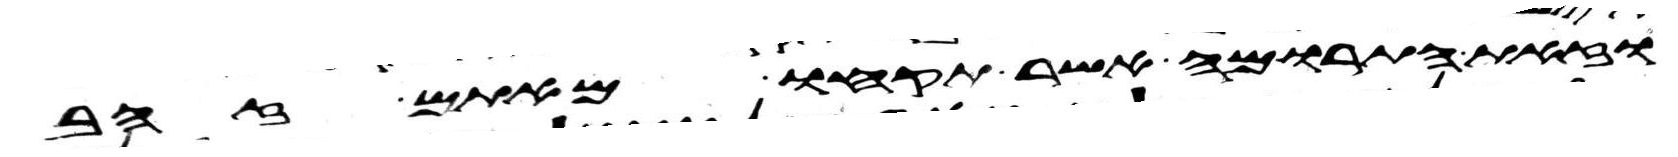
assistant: וזאת התרומה אשר תקחו מאתם זהב